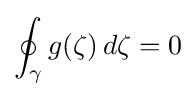
\oint _{\gamma }g(\zeta )\,d\zeta =0